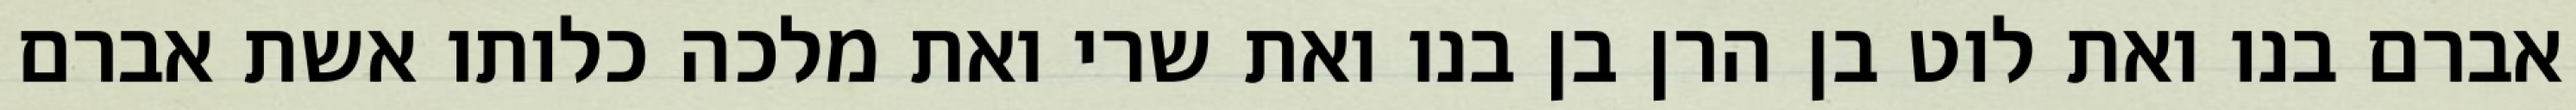
אברם בנו ואת לוט בן הרן בן בנו ואת שרי ואת מלכה כלותו אשת אברם